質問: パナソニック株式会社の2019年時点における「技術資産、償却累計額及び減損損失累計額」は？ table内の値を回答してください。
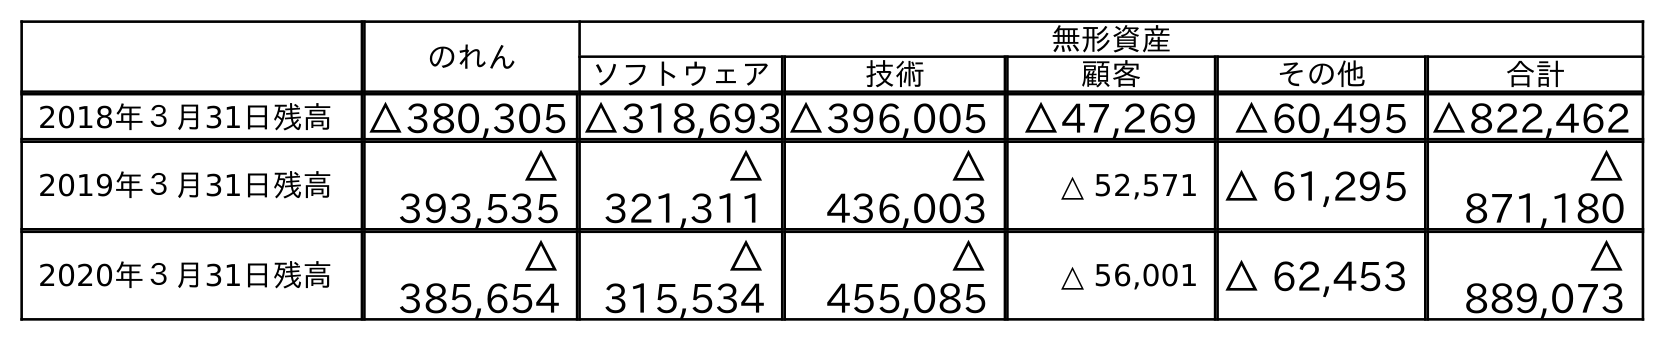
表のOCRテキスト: のれん 無形資産 ソフトウェア 技術 顧客 その他 合計 2018年３月31日残高 △380,305 △318,693△396,005 △47,269 △60,495 △822,462 2019年３月31日残高 △ 393,535 △ 321,311 △ 436,003 △ 52,571 △ 61,295 △ 871,180 2020年３月31日残高 △ 385,654 △ 315,534 △ 455,085 △ 56,001 △ 62,453 △ 889,073
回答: △436,003